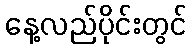
နေ့လည်ပိုင်းတွင်